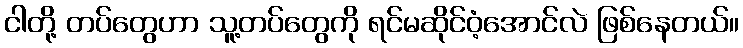
ငါတို့ တပ်တွေဟာ သူ့တပ်တွေကို ရင်မဆိုင်ဝံ့အောင်လဲ ဖြစ်နေတယ်။